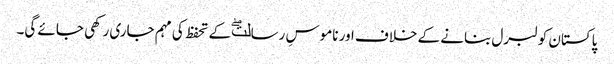
پاکستان کو لبرل بنانے کے خلاف اور ناموسِ رسالتۖ کے تحفظ کی مہم جاری رکھی جائے گی۔